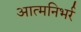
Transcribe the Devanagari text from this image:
आत्मनिभर्र